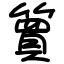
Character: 簤